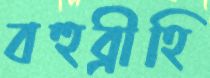
বহুব্রীহি